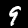
Label: 9